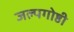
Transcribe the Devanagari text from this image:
जल्पगोष्ठी